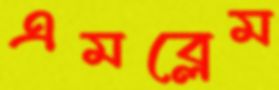
এমব্লেম